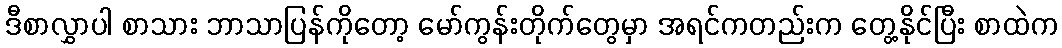
ဒီစာလွှာပါ စာသား ဘာသာပြန်ကိုတော့ မော်ကွန်းတိုက်တွေမှာ အရင်ကတည်းက တွေ့နိုင်ပြီး စာထဲက